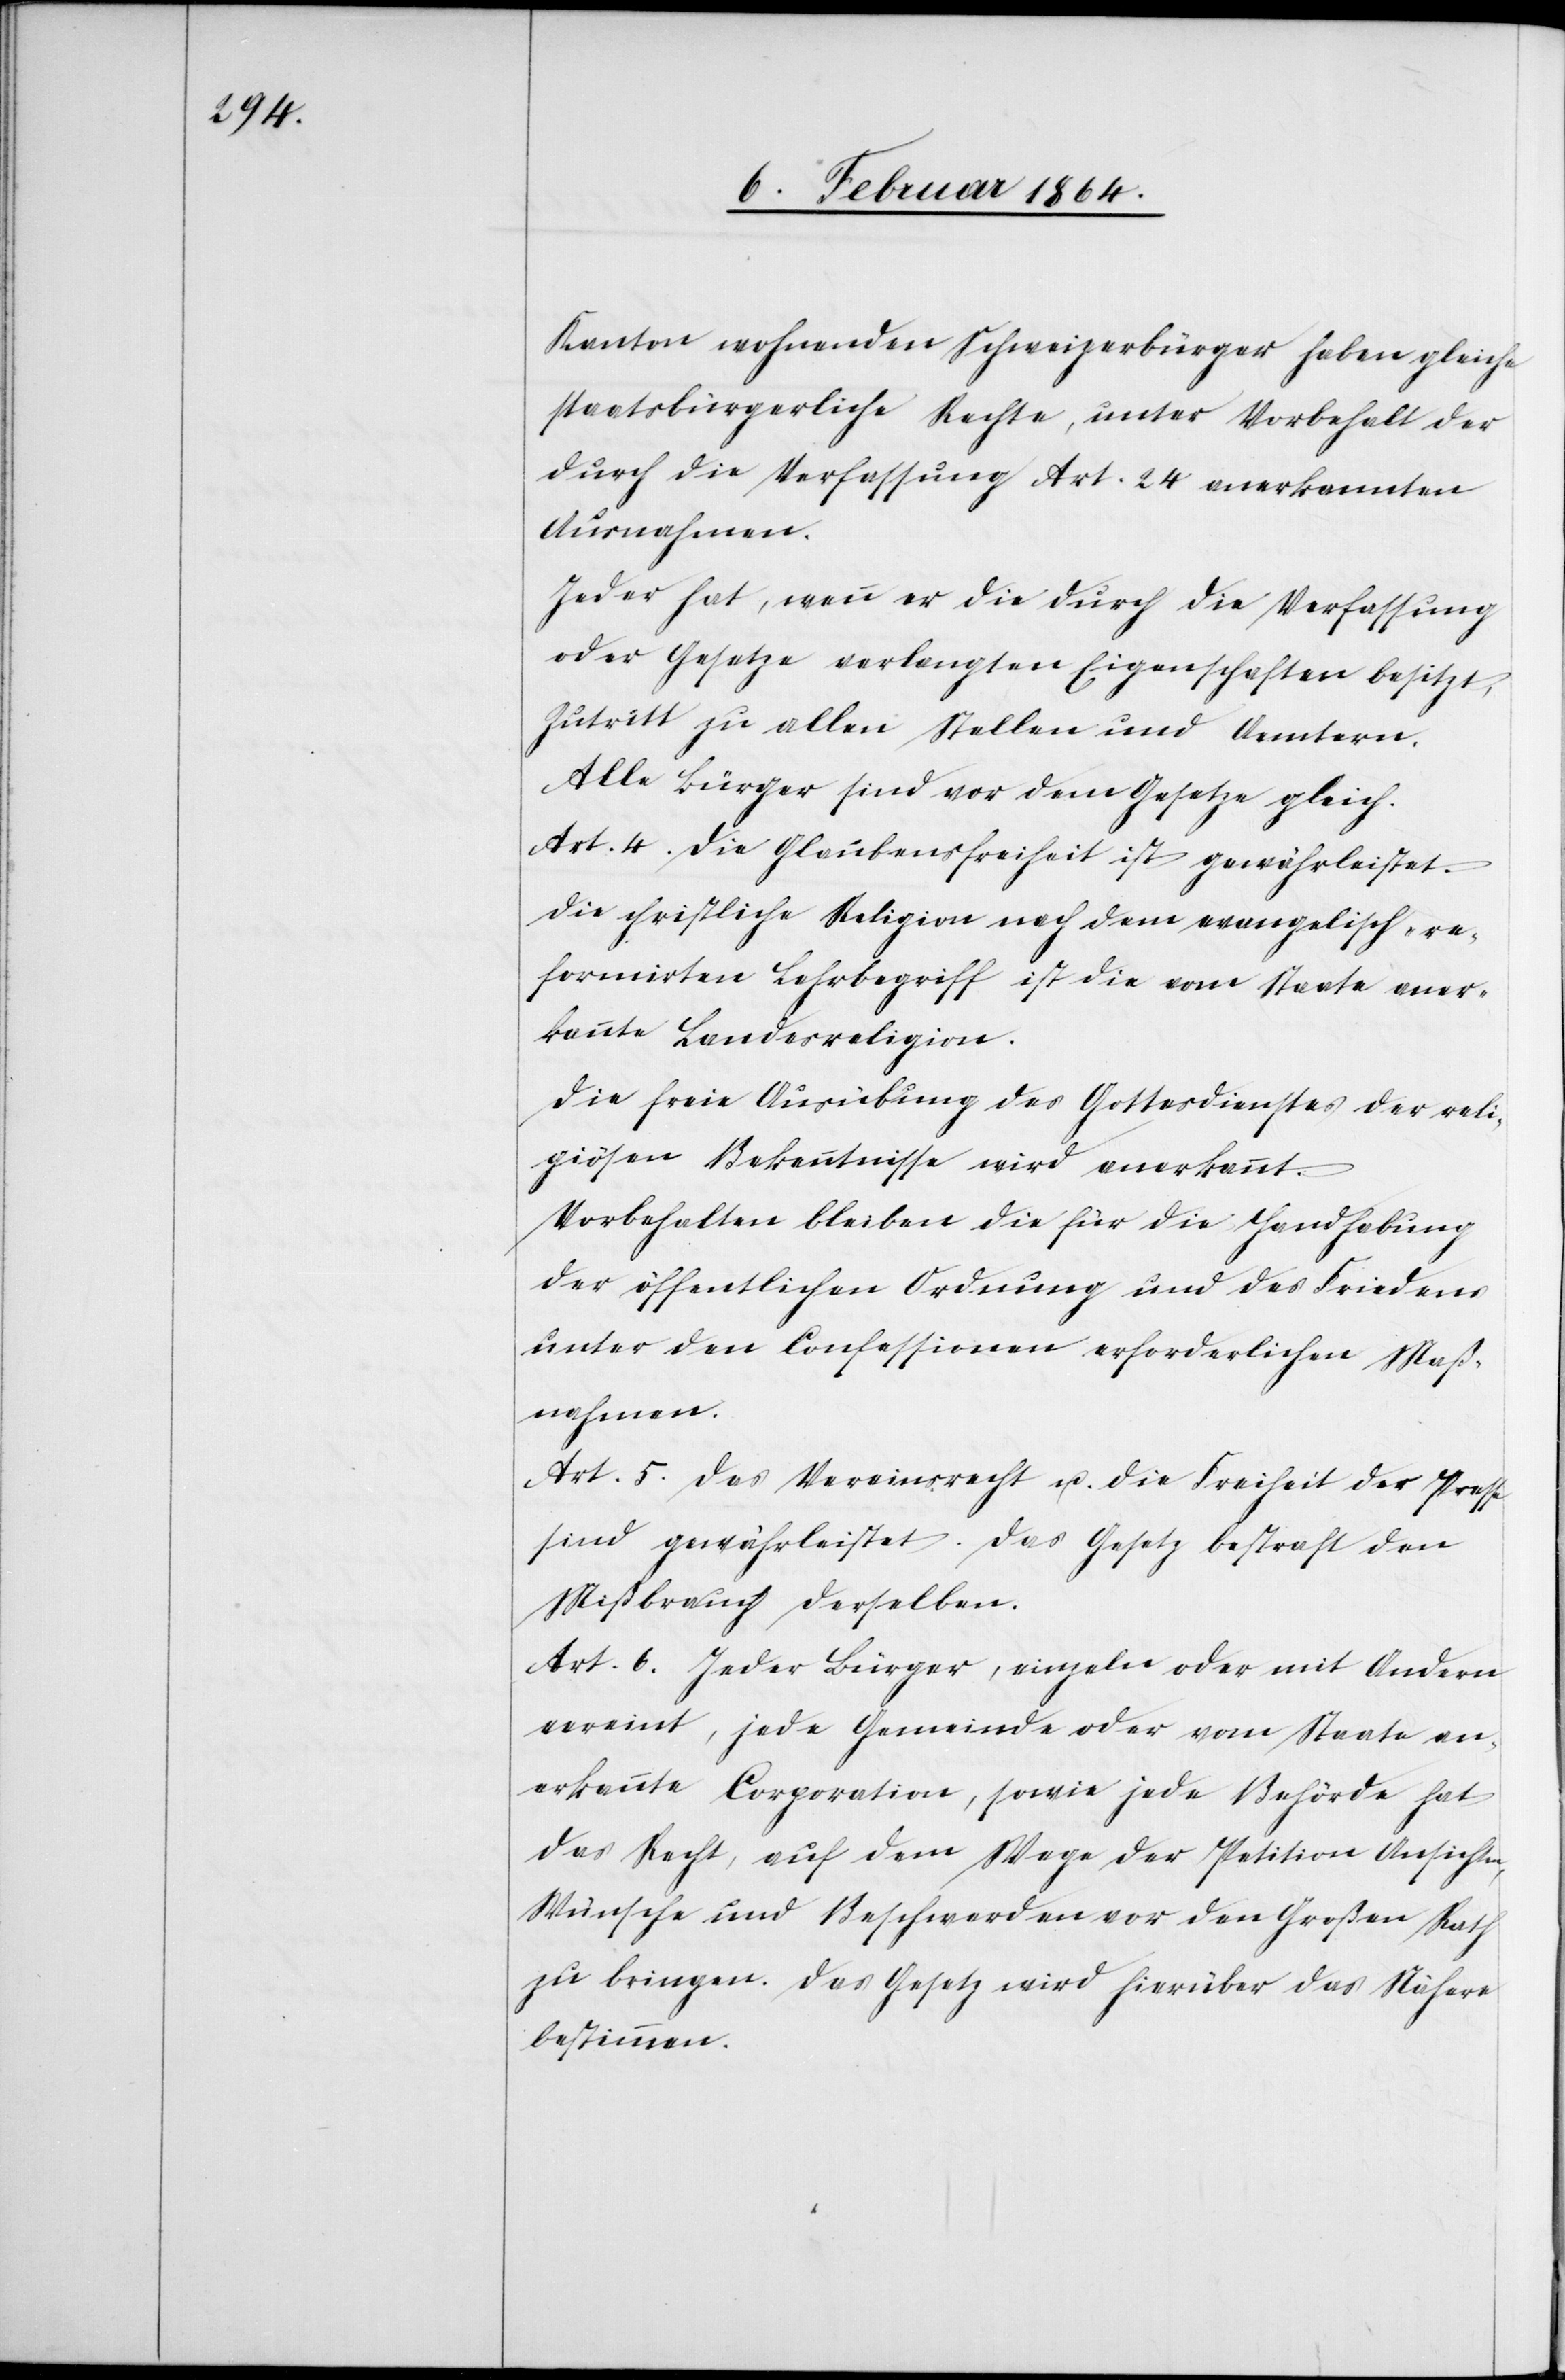
Kanton wohnenden Schweizerbürger haben gleiche
staatsbürgerliche Rechte, unter Vorbehalt der
durch die Verfassung Art. 24 anerkannten
Ausnahmen.
Jeder hat, wenn er die durch die Verfassung
oder Gesetze verlangten Eigenschaften besitzt,
Zutritt zu allen Stellen und Aemtern.
Alle Bürger sind vor dem Gesetze gleich.
Art. 4. Die Glaubensfreiheit ist gewährleistet.
Die christliche Religion nach dem evangelisch-re¬
formirten Lehrbegriff ist die vom Staate aner¬
kannte Landesreligion.
Die freie Ausübung des Gottesdienstes der reli¬
giösen Bekenntnisse wird anerkannt.
Vorbehalten bleiben die für die Handhabung
der öffentlichen Ordnung und des Friedens
unter den Confessionen erforderlichen Maß¬
nahmen.
Art. 5. Das Vereinsrecht u. die Freiheit der Presse
sind gewährleistet. Das Gesetz bestraft den
Mißbrauch derselben.
Art. 6. Jeder Bürger, einzeln oder mit Andern
vereint, jede Gemeinde oder vom Staate an¬
erkannte Corporation, sowie jede Behörde hat
das Recht, auf dem Wege der Petition Ansichten,
Wünsche und Beschwerden vor den Großen Rath
zu bringen. Das Gesetz wird hierüber das Nähere
bestimmen.